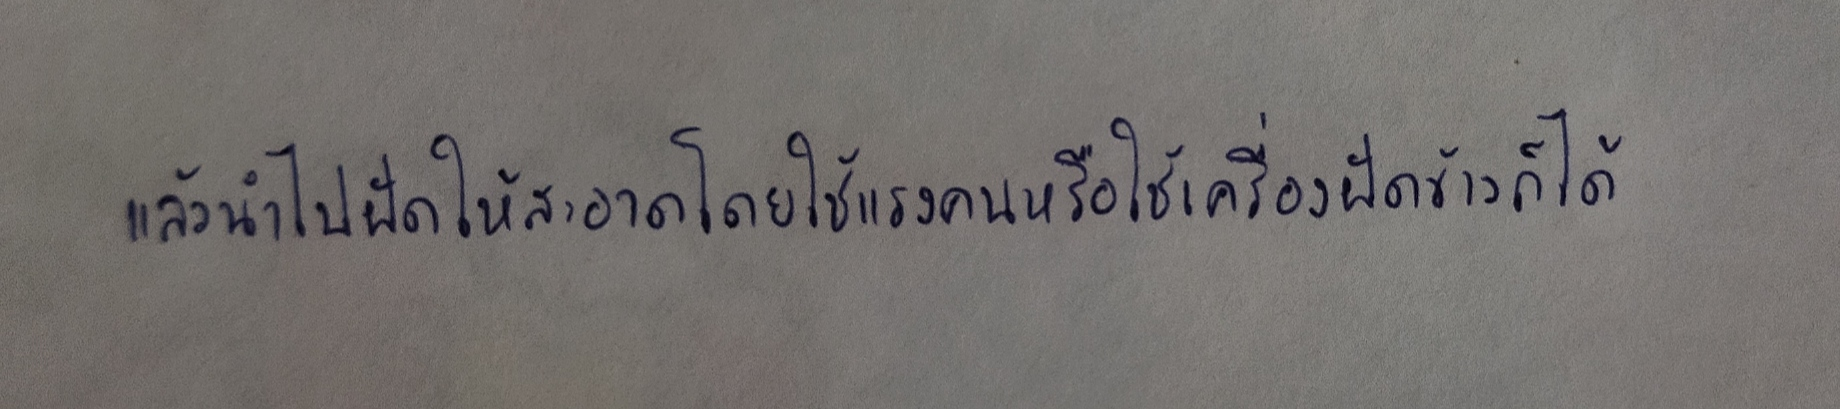
แล้วนำไปฝัดให้สะอาดโดยใช้แรงคนหรือใช้เครื่องฝัดข้าวก็ได้